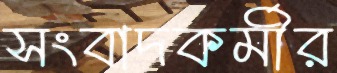
সংবাদকর্মীর